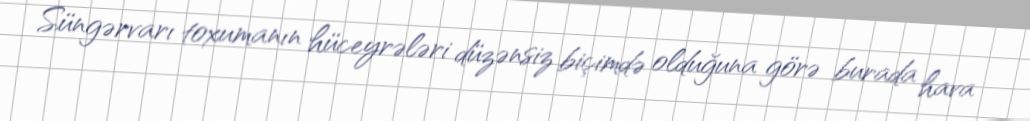
Süngərvarı toxumanın hüceyrələri düzənsiz biçimdə olduğuna görə burada hava